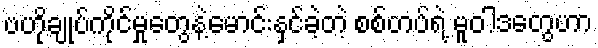
ဗဟိုချုပ်ကိုင်မှုတွေနဲ့မောင်းနှင်ခဲ့တဲ့ စစ်တပ်ရဲ့ မူဝါဒတွေဟာ